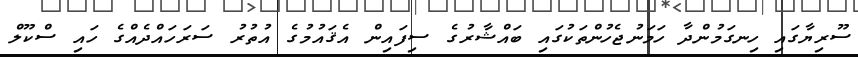
ސޫރިޔާގައި ހިނގަމުންދާ ހަމަނުޖެހުންތަކުގައި ބައްޝާރުގެ ސިފައިން އެޤައުމުގެ އުތުރު ސަރަހައްދެއްގެ ހައި ސްކޫލް